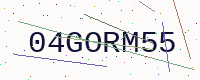
Text: 04GORM55